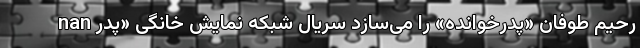
nan رحیم طوفان «پدرخوانده» را می‌سازد سریال شبکه نمایش خانگی «پدر